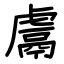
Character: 鬳